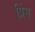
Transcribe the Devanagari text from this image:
प्रिंग